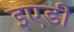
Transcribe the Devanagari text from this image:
इएडी